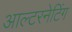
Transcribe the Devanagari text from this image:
आल्टरनेटिंग